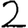
Digit: 2